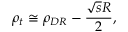
\rho _ { t } \cong \rho _ { D R } - \frac { \sqrt { s } R } { 2 } ,